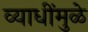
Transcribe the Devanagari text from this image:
व्याधींमुळे